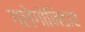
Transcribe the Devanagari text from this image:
गलेगोनिडाए